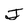
Character: J